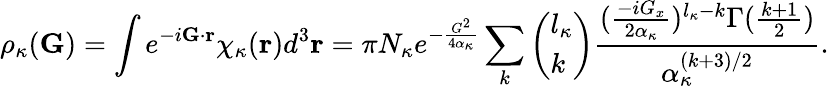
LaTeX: \rho_{\kappa}(\mathbf{G})=\int e^{-i\mathbf{G}\cdot\mathbf{r}}\chi_{\kappa}(\mathbf{r})d^{3}\mathbf{r}=\pi N_{\kappa}e^{-\frac{G^{2}}{4\alpha_{\kappa}}}\sum_{k}\left(\begin{array}{l}{l_{\kappa}}\\ {k}\end{array}\right)\frac{(\frac{-iG_{x}}{2\alpha_{\kappa}})^{l_{\kappa}-k}\Gamma(\frac{k+1}{2})}{\alpha_{\kappa}^{(k+3)/2}}.